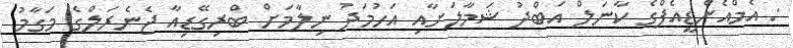
: އެމްއެންޑީއެފްގެ ކާނަލް އަބްދު ޝަމާލަށާއި އަހުމަދު ނިލާމަށް ބްރިގޭޑިއާ ޖެނެރަލްގެ މަގާމު